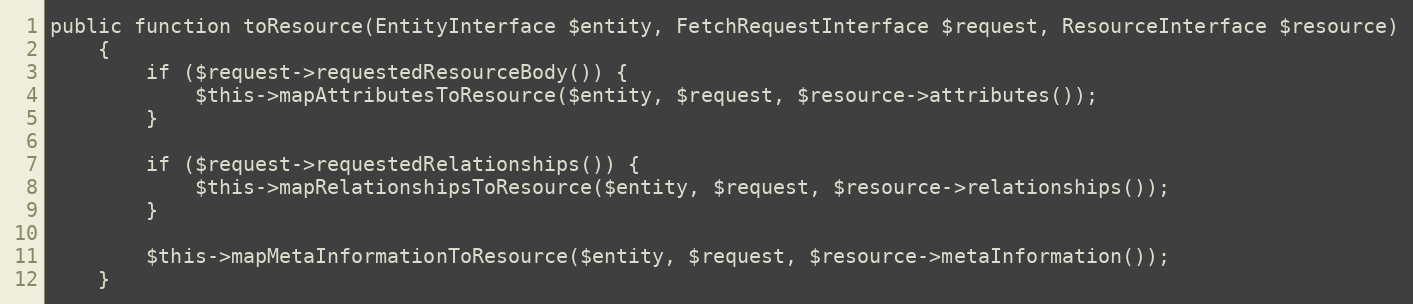
Language: PHP
public function toResource(EntityInterface $entity, FetchRequestInterface $request, ResourceInterface $resource)
    {
        if ($request->requestedResourceBody()) {
            $this->mapAttributesToResource($entity, $request, $resource->attributes());
        }

        if ($request->requestedRelationships()) {
            $this->mapRelationshipsToResource($entity, $request, $resource->relationships());
        }

        $this->mapMetaInformationToResource($entity, $request, $resource->metaInformation());
    }